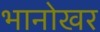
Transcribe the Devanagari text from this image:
भानोखर